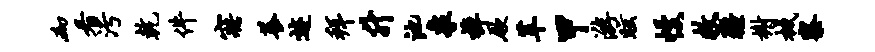
砌看污乾件寤养迹拜升池象棹厥革甲游眩幔救疆榭械察